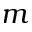
m